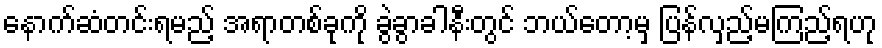
နောက်ဆံတင်းရမည့် အရာတစ်ခုကို ခွဲခွာခါနီးတွင် ဘယ်တော့မှ ပြန်လှည့်မကြည့်ရဟု